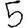
Digit: 5